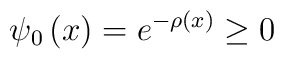
\psi _0\left( x\right) =e^{-\rho \left( x\right) }\geq 0